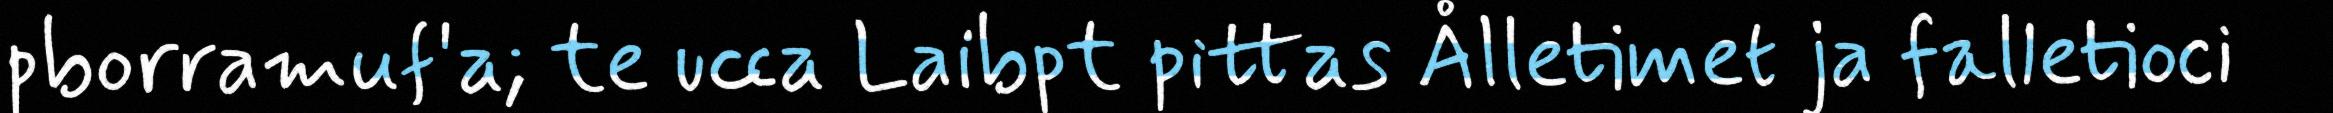
pborramuf'a; te ucca Laibpt pittas Ålletimet ja falletioci